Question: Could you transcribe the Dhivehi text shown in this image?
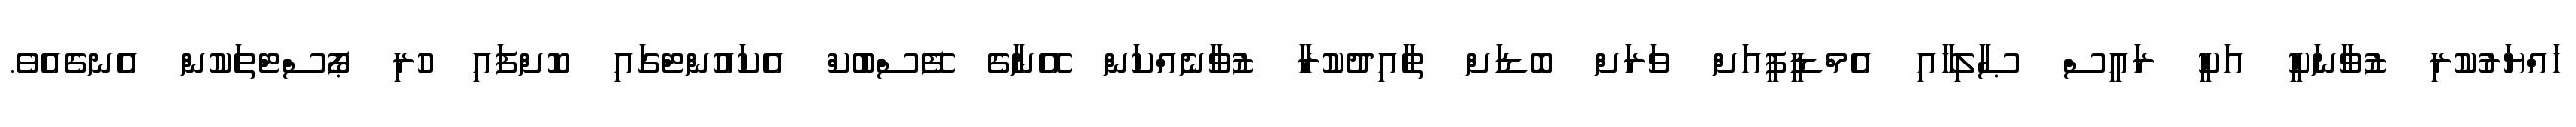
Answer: ހައްޔަރުކުރި ޒުވާނަކީ އަކީ ރައީސް ޞާލިހާއި އެމްޑީޕީއަށް ވަރަށް ބޮޑަށް ތާއިދުކުރާ ޒުވާނެއްކަން އޭނާގެ ފޭސްބުކް އެކައުންޓްގައި ކޮށްފައި ހުރި ޕޯސްޓްތަކުން އެނގެއެވެ.